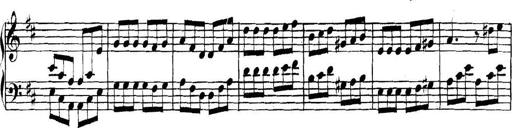
Title: Collected Piano Sonatas
Composer: Muzio Clementi